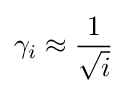
\gamma _{i}\approx {\frac {1}{\sqrt {i}}}